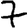
Digit: 7